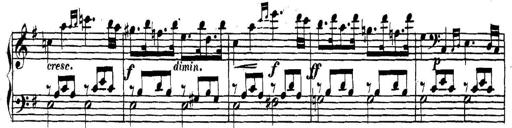
Title: Collected Piano Sonatas
Composer: Muzio Clementi